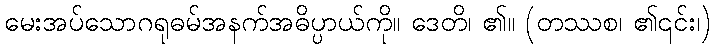
မေးအပ်သောဂရုဓမ်အနက်အဓိပ္ပာယ်ကို။ ဒေတိ၊ ၏။ (တဿစ၊ ၏၎င်း၊)